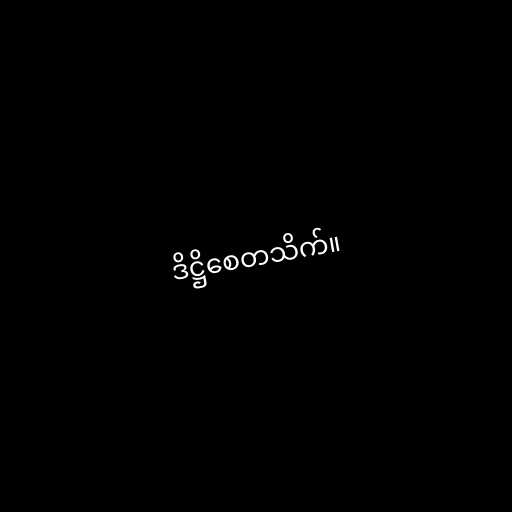
ဒိဋ္ဌိစေတသိက်။